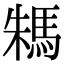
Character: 𩢻